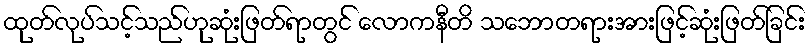
ထုတ်လုပ်သင့်သည်ဟုဆုံးဖြတ်ရာတွင် လောကနီတိ သဘောတရားအားဖြင့်ဆုံးဖြတ်ခြင်း